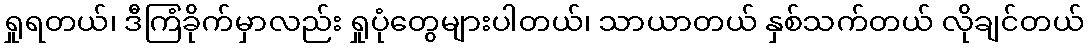
ရှုရတယ်၊ ဒီကြံခိုက်မှာလည်း ရှုပုံတွေများပါတယ်၊ သာယာတယ် နှစ်သက်တယ် လိုချင်တယ်